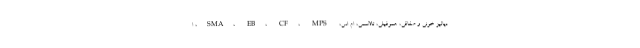
دیالیز خونی و صفاقی، هموفیلی، تالاسمی، ام اس، SMA، EB، CF، MPS، ا